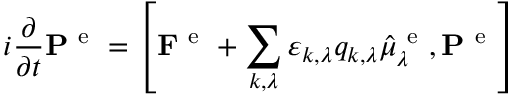
i \frac { \partial } { \partial t } \mathbf { P } ^ { \mathrm { ~ e ~ } } = \left[ \mathbf { F } ^ { \mathrm { ~ e ~ } } + \sum _ { k , \lambda } \varepsilon _ { k , \lambda } q _ { k , \lambda } \hat { \mu } _ { \lambda } ^ { \mathrm { ~ e ~ } } , \mathbf { P } ^ { \mathrm { ~ e ~ } } \right]